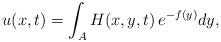
LaTeX: \begin{align*}u(x,t)=\int_{A}H(x,y,t)\,e^{-f\left( y\right) }dy, \end{align*}